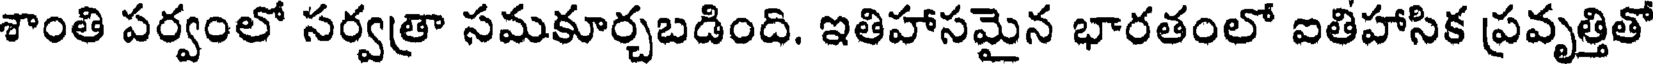
శాంతి పర్వంలో సర్వత్రా సమకూర్చబడింది. ఇతిహాసమైన భారతంలో ఐతిహాసిక ప్రవృత్తితో